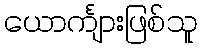
ယောင်္ကျားဖြစ်သူ